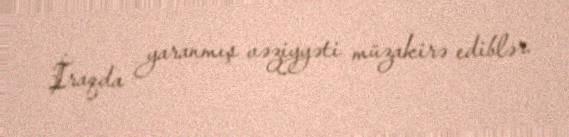
İraqda yaranmış vəziyyəti müzakirə ediblər.